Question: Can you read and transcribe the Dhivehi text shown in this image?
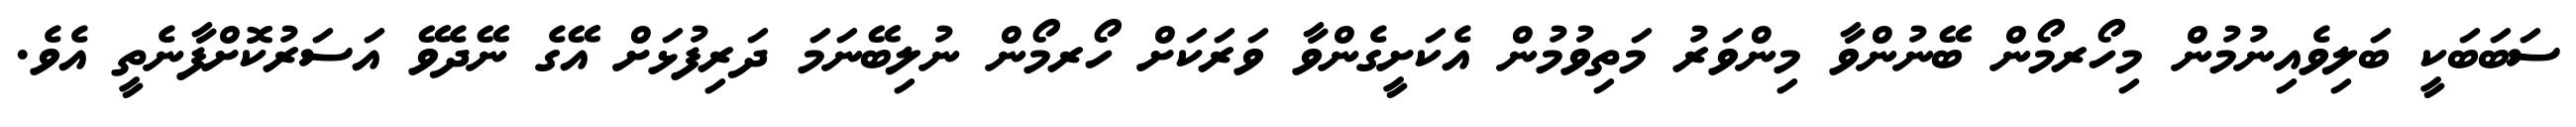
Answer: ސަބަބަކީ ބަލިވެއިނުމުން މިހޯރމޯން ބޭނުންވާ މިންވަރު މަތިވުމުން އެކަށީގެންވާ ވަރަކަށް ހޯރމޯން ނުލިބޭނަމަ ދަރިފުޅަށް އޭގެ ނޭދެވޭ އަސަރުކޮށްފާނެތީ އެވެ.